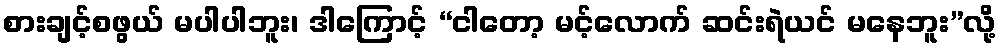
စားချင့်စဖွယ် မပါပါဘူး၊ ဒါကြောင့် “ငါတော့ မင့်လောက် ဆင်းရဲယင် မနေဘူး”လို့